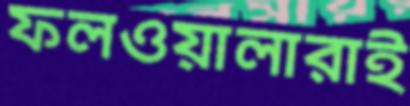
ফলওয়ালারাই